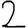
Digit: 2